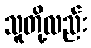
သူတို့လည်း